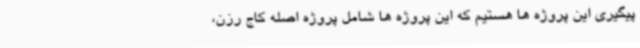
پیگیری این پروژه ها هستیم که این پروژه ها شامل پروژه اصله کاج رزن،